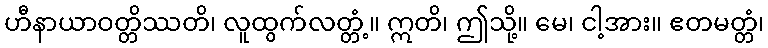
ဟီနာယာဝတ္တိဿတိ၊ လူထွက်လတ္တံ့။ ဣတိ၊ ဤသို့။ မေ၊ ငါ့အား။ ဧတမတ္တံ၊